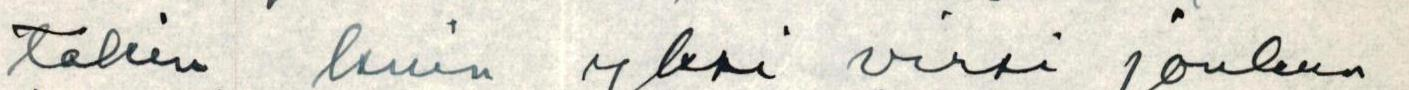
takin kuin yksi virsi jonkun